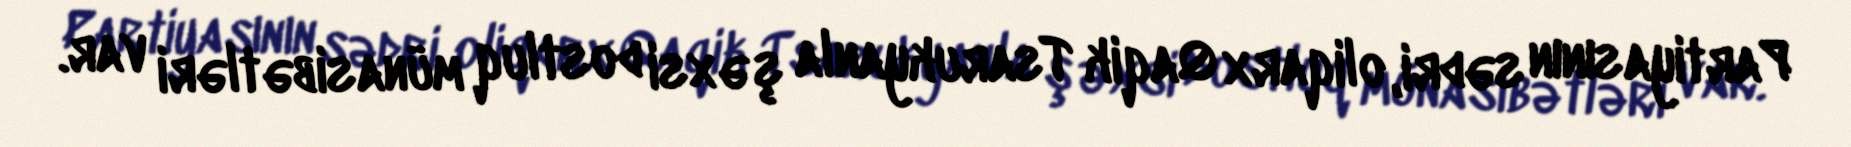
Partiyasının sədri, oliqarx Qaqik Tsarukyanla şəxsi dostluq münasibətləri var.